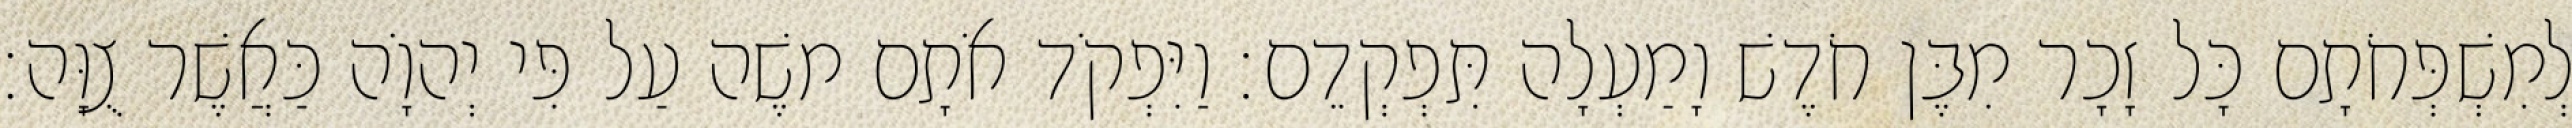
לְמִשְׁפְּחֹתָם כָּל זָכָר מִבֶּן חֹדֶשׁ וָמַעְלָה תִּפְקְדֵם׃ וַיִּפְקֹד אֹתָם משֶׁה עַל פִּי יְהוָֹה כַּאֲשֶׁר צֻוָּה׃